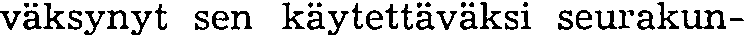
väksynyt sen käytettäväksi seurakun-